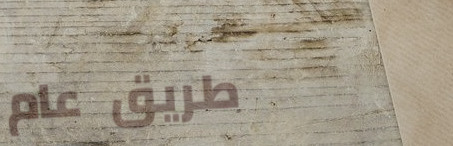
طريق عام